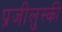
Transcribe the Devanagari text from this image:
प्रजीलुस्की